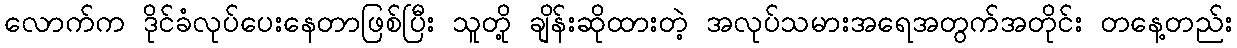
လောက်က ဒိုင်ခံလုပ်ပေးနေတာဖြစ်ပြီး သူတို့ ချိန်းဆိုထားတဲ့ အလုပ်သမားအရေအတွက်အတိုင်း တနေ့တည်း